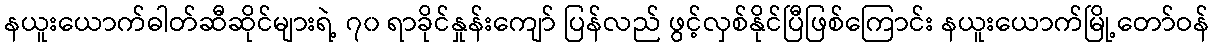
နယူးယောက်ဓါတ်ဆီဆိုင်များရဲ့ ၇၀ ရာခိုင်နှုန်းကျော် ပြန်လည် ဖွင့်လှစ်နိုင်ပြီဖြစ်ကြောင်း နယူးယောက်မြို့တော်ဝန်